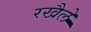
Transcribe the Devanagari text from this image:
रखैलें